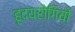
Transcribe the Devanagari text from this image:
हृदयरोगियों